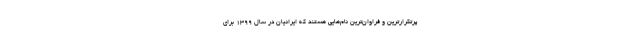
پرتکرارترین و فراوان‌ترین نام‌هایی هستند که ایرانیان در سال ۱۳۹۹ برای